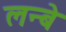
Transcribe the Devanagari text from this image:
लन्बे